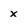
Character: x